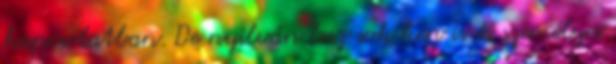
kapcsolatban. De nyilván lesz sok kép is és személyes